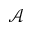
\mathcal { A }